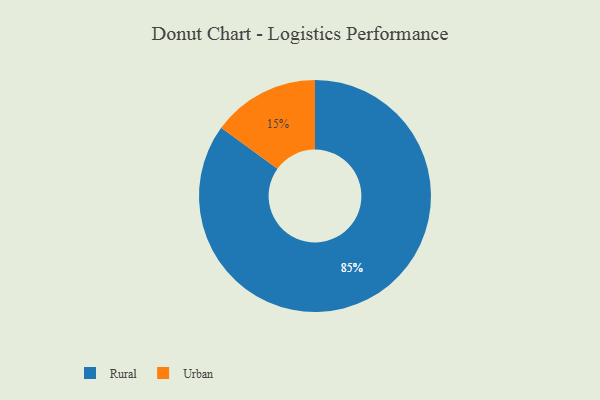
{"axis": {"x": "Category", "y": "Percentage"}, "legend": ["Rural", "Urban"], "data": [{"x": "Rural", "y": 85, "type": "Rural"}, {"x": "Urban", "y": 15, "type": "Urban"}]}